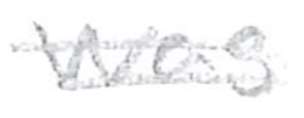
Text: was
Cross-out: double-line
Writing tool: pencil